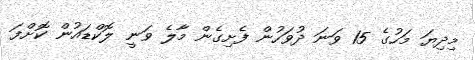
މިދިޔަ މަހުގެ 15 ވަނަ ދުވަހުން ފެށިގެން މާލެ ވަނީ ލޮކްޑައުން ކޮށްފަ